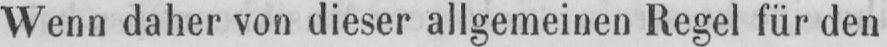
Wenn daher von dieser allgemeinen Regel für den